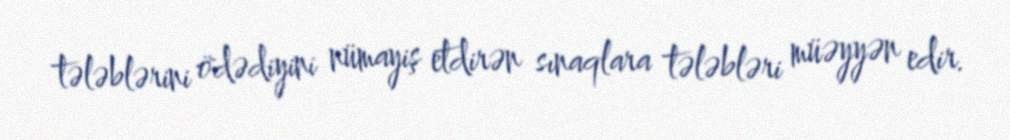
tələblərini ödədiyini nümayiş etdirən sınaqlara tələbləri müəyyən edir.